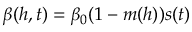
\beta ( h , t ) = \beta _ { 0 } ( 1 - m ( h ) ) s ( t )